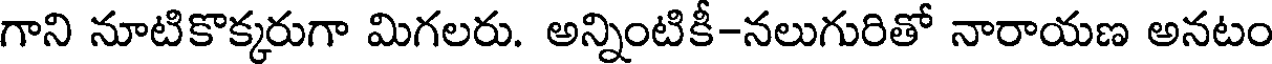
గాని నూటికొక్కరుగా మిగలరు. అన్నింటికీ-నలుగురితో నారాయణ అనటం